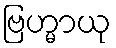
ဗြဟ္မာယု